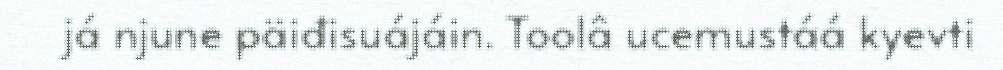
já njune päiđisuájáin. Toolâ ucemustáá kyevti